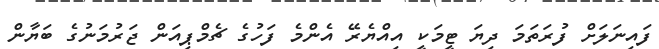
ފައިނަލަށް ފުރަތަމަ ދިޔަ ޓީމަކީ އިއްޔެރޭ އެންމެ ފަހުގެ ޗެމްޕިއަން ޖަރުމަނުގެ ބަޔާން